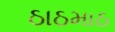
ઠાઠમાઠ